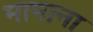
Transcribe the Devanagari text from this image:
मामाना